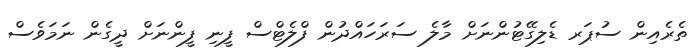
ތެރެއިން ސުޕަރ ޑެލިގޭޓުންނަށް މާލެ ސަރަހައްދުން ފްލެޓްސް ފީނި ފީންނަށް ދީގެން ނަމަވެސް